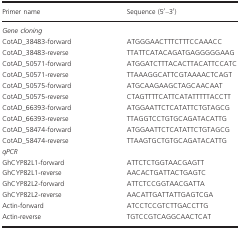
<table><thead><tr><td><b>Primer name</b></td><td><b>Sequence (5′–3′)</b></td></tr></thead><tbody><tr><td colspan="2"><i>Gene cloning</i></td></tr><tr><td>CotAD_38483‐forward</td><td>ATGGGAACTTTCTTTCCAAACC</td></tr><tr><td>CotAD_38483‐reverse</td><td>TTATTCATACAGATGAGGGGGAAG</td></tr><tr><td>CotAD_50571‐forward</td><td>ATGGATCTTTACACTTACATTCCATC</td></tr><tr><td>CotAD_50571‐reverse</td><td>TTAAAGGCATTCGTAAAACTCAGT</td></tr><tr><td>CotAD_50575‐forward</td><td>ATGCAAGAAGCTAGCAACAAT</td></tr><tr><td>CotAD_50575‐reverse</td><td>CTAGTTTTCATTCATATTTTTACCTT</td></tr><tr><td>CotAD_66393‐forward</td><td>ATGGAATTCTCATATTCTGTAGCG</td></tr><tr><td>CotAD_66393‐reverse</td><td>TTAGGTCCTGTGCAGATACATTG</td></tr><tr><td>CotAD_58474‐forward</td><td>ATGGAATTCTCATATTCTGTAGCG</td></tr><tr><td>CotAD_58474‐reverse</td><td>TTAAGTGCTGTGCAGATACATTG</td></tr><tr><td colspan="2"><i>qPCR</i></td></tr><tr><td>GhCYP82L1‐forward</td><td>ATTCTCTGGTAACGAGTT</td></tr><tr><td>GhCYP82L1‐reverse</td><td>AACACTGATTACTGAGTC</td></tr><tr><td>GhCYP82L2‐forward</td><td>ATTCTCCGGTAACGATTA</td></tr><tr><td>GhCYP82L2‐reverse</td><td>AACATTGATTATTGAGTCGA</td></tr><tr><td>Actin‐forward</td><td>ATCCTCCGTCTTGACCTTG</td></tr><tr><td>Actin‐reverse</td><td>TGTCCGTCAGGCAACTCAT</td></tr></tbody></table>